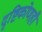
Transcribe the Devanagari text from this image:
दृष्टिकोणही